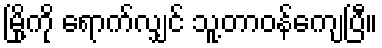
မြို့ကို ရောက်လျှင် သူ့တာဝန်ကျေပြီ။